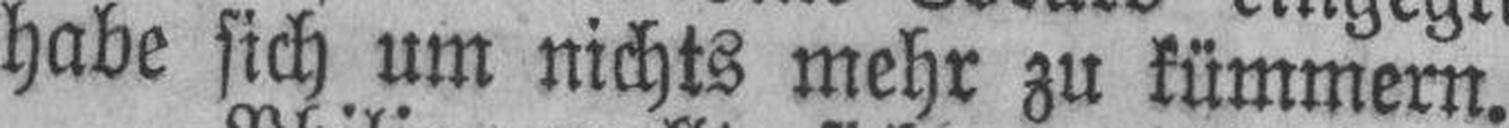
habe sich um nichts mehr zu kümmern.